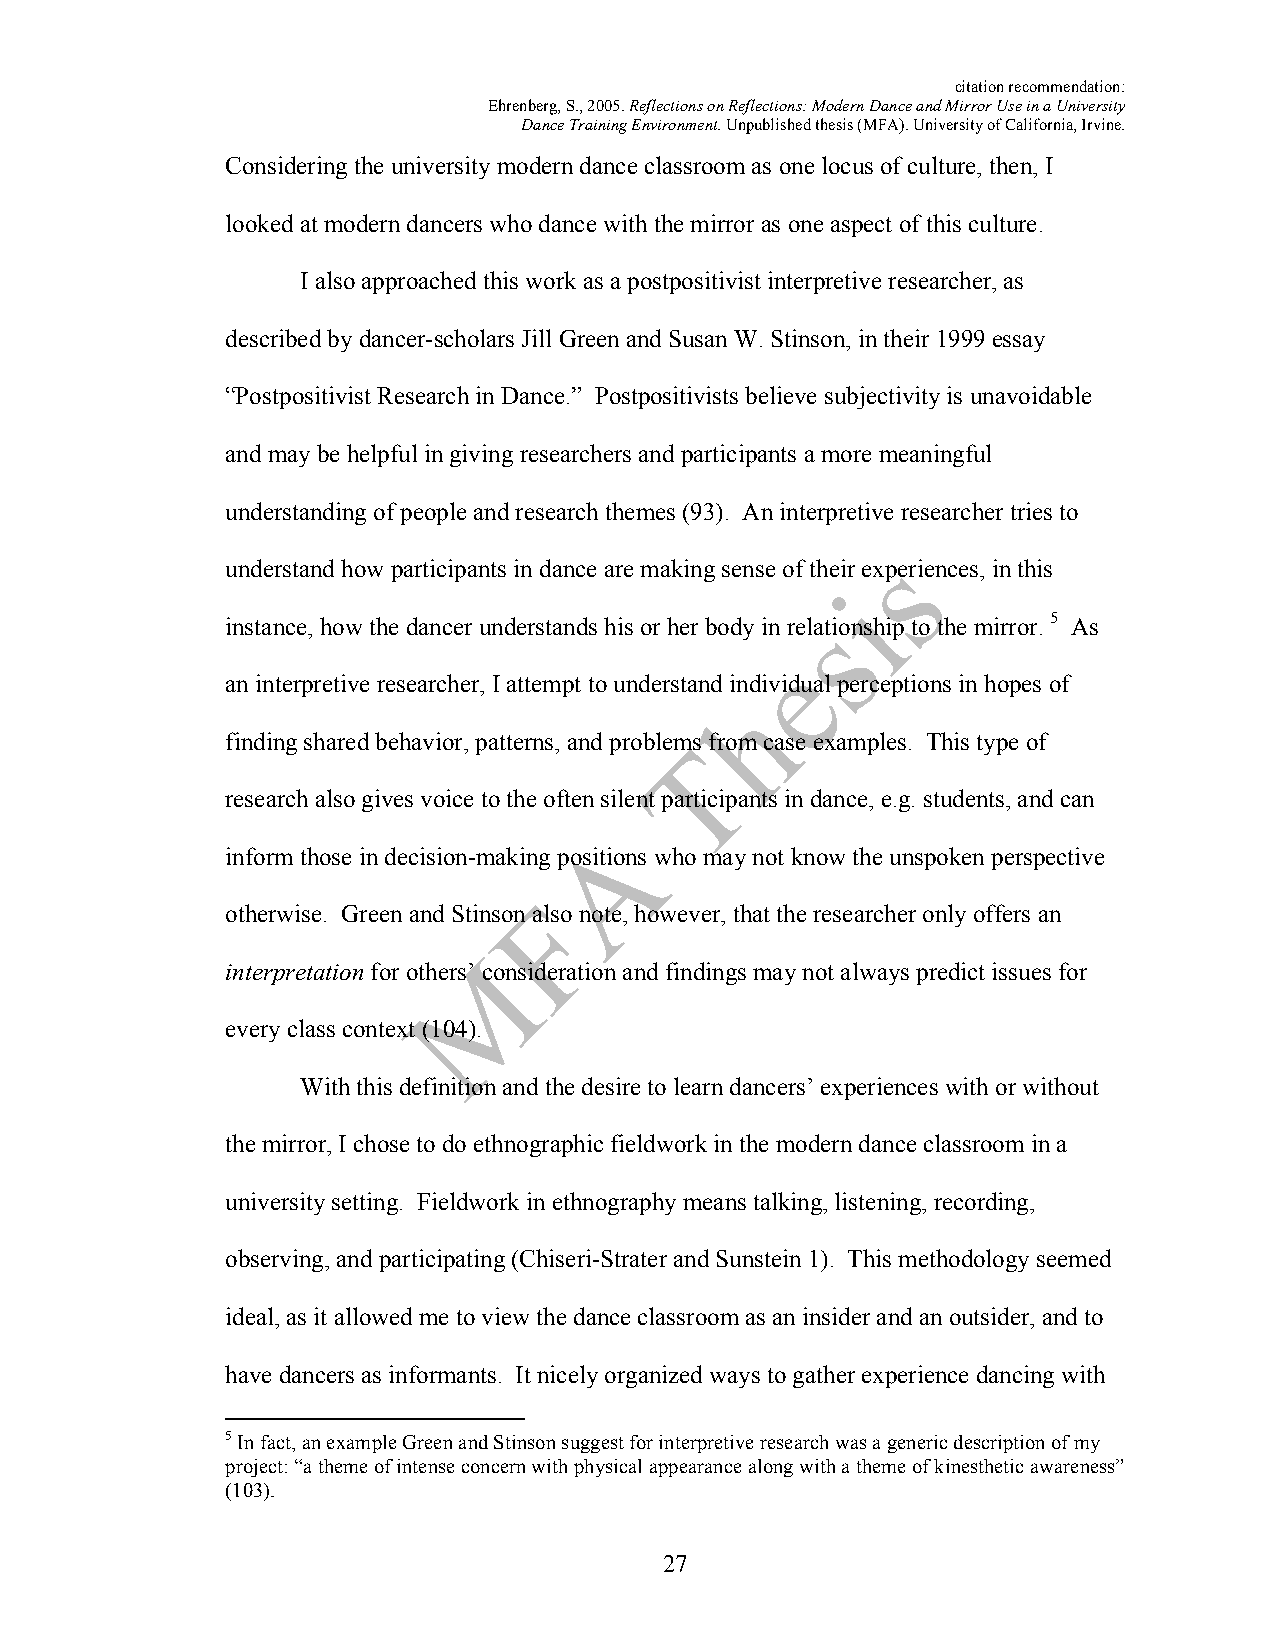
citation recommendation:
 Ehrenberg, S., 2005. Reflections on Reflections: Modern Dance and Mirror Use in a University
 Dance Training Environment. Unpublished thesis (MFA). University of California, Irvine.
 Considering the university modern dance classroom as one locus of culture, then, I
 looked at modern dancers who dance with the mirror as one aspect of this culture.
 I also approached this work as a postpositivist interpretive researcher, as
 described by dancer-scholars Jill Green and Susan W. Stinson, in their 1999 essay
 “Postpositivist Research in Dance.” Postpositivists believe subjectivity is unavoidable
 and may be helpful in giving researchers and participants a more meaningful
 understanding of people and research themes (93). An interpretive researcher tries to
 understand how participants in dance are making sense of their experiences, in this
 instance, how the dancer understands his or her body in relationship to the mirror. 5 As
 an interpretive researcher, I attempt to understand individual perceptions in hopes of
 finding shared behavior, patterns, and problems from case examples. This type of
 research also gives voice to the often silent participants in dance, e.g. students, and can
 inform those in decision-making positions who may not know the unspoken perspective
 otherwise. Green and Stinson also note, however, that the researcher only offers an
 interpretation for others’ consideration and findings may not always predict issues for
 every class context (104).
 With this definition and the desire to learn dancers’ experiences with or without
 the mirror, I chose to do ethnographic fieldwork in the modern dance classroom in a
 university setting. Fieldwork in ethnography means talking, listening, recording,
 observing, and participating (Chiseri-Strater and Sunstein 1). This methodology seemed
 ideal, as it allowed me to view the dance classroom as an insider and an outsider, and to
 have dancers as informants. It nicely organized ways to gather experience dancing with
 5 In fact, an example Green and Stinson suggest for interpretive research was a generic description of my
 project: “a theme of intense concern with physical appearance along with a theme of kinesthetic awareness”
 (103).
 27